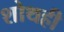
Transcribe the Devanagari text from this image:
शोथही